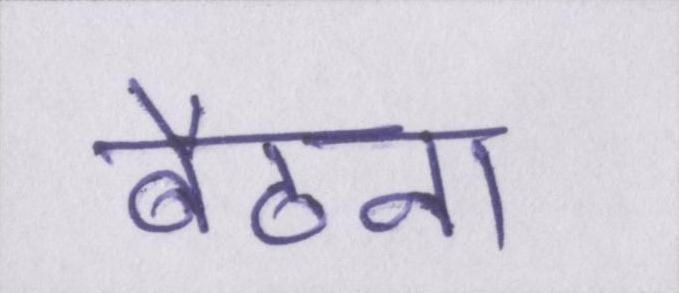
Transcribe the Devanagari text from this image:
बैठना